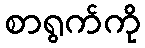
စာရွက်ကို